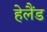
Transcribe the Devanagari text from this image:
हेलैंड